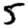
Digit: 5